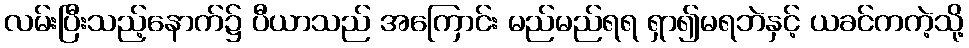
လမ်းပြီးသည့်နောက်၌ ပီယာသည် အကြောင်း မည်မည်ရရ ရှာ၍မရဘဲနှင့် ယခင်ကကဲ့သို့